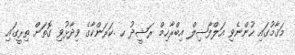
މަޤާމުގައި ހުންނެވި އަލްފާޟިލް އިބްރާހިމް ރަޝީދު ހ .ކަރަންކާގެ ވިދާޅުވި ގޮތަށް ތިރީގައި